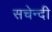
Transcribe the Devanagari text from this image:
सचेन्दी